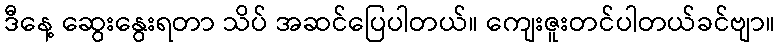
ဒီနေ့ ဆွေးနွေးရတာ သိပ် အဆင်ပြေပါတယ်။ ကျေးဇူးတင်ပါတယ်ခင်ဗျာ။